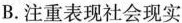
B.注重表现社会现实